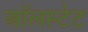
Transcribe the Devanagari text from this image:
ऑलस्टेट